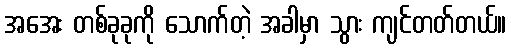
အအေး တစ်ခုခုကို သောက်တဲ့ အခါမှာ သွား ကျင်တတ်တယ်။